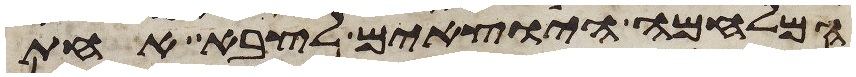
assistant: המלחמה היוצאים לצבא אחת